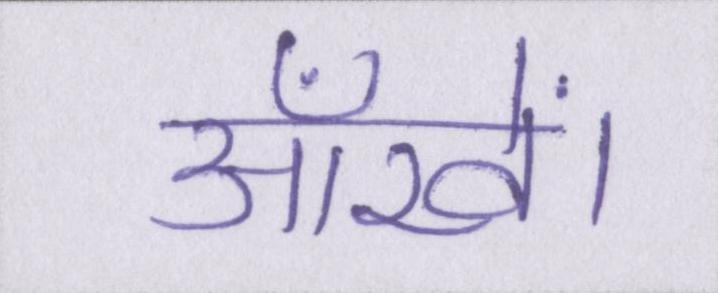
आँखें।